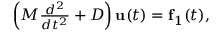
\begin{array} { r } { \left( M \frac { d ^ { 2 } } { d t ^ { 2 } } + D \right) { \bf u } ( t ) = { \bf f } _ { 1 } ( t ) , } \end{array}